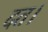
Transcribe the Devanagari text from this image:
दत।